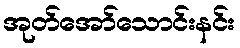
အုတ်အော်သောင်းနင်း